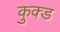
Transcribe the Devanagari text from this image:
कुक्ड